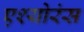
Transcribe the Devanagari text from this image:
एश्योरंस